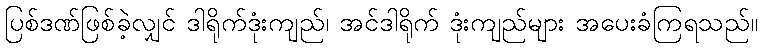
ပြစ်ဒဏ်ဖြစ်ခဲ့လျှင် ဒါရိုက်ဒုံးကျည်၊ အင်ဒါရိုက် ဒုံးကျည်များ အပေးခံကြရသည်။